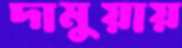
দামুয়ায়